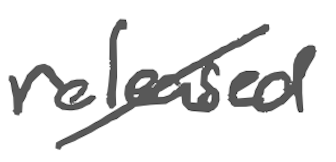
Text: released
Cross-out: diagonal
Writing tool: digital_gray